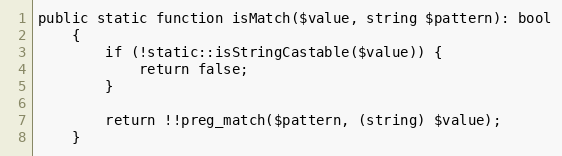
Language: PHP
public static function isMatch($value, string $pattern): bool
    {
        if (!static::isStringCastable($value)) {
            return false;
        }

        return !!preg_match($pattern, (string) $value);
    }